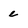
Character: e